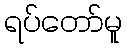
ရပ်တော်မူ